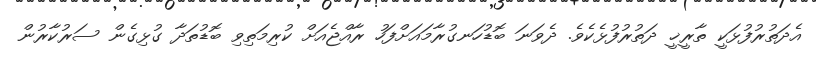
އެދަތުރުފުޅަކީ ތާރީޚީ ދަތުރުފުޅެކެވެ. ދެވަނަ ބޮޑުހަނގުރާމައަށްފަހު ރާއްޖެއަށް ކުރިމަތިވި ބޮޑުތަދާ ގުޅިގެން ސަރުކާރުން